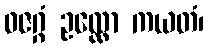
ဓဇဂ္ဂံ ဥလ္လော ကယတံ၊